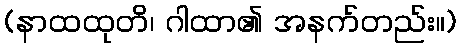
(နာထထုတိ၊ ဂါထာ၏ အနက်တည်း။)